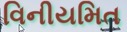
વિનીયમિત